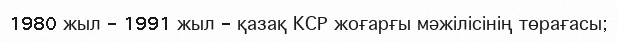
1980 жыл - 1991 жыл - қазақ КСР жоғарғы мәжілісінің төрағасы;